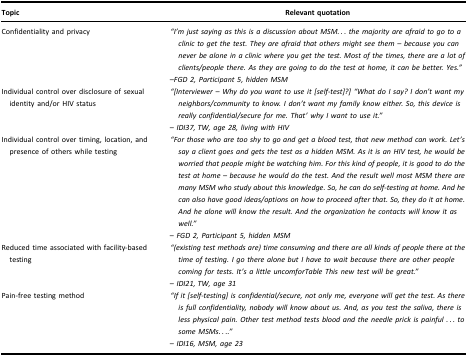
| Topic | Relevant quotation |
 | --- | --- |
 | Confidentiality and privacy | “I’m just saying as this is a discussion about MSM... the majority are afraid to go to a clinic to get the test. They are afraid that others might see them – because you can never be alone in a clinic where you get the test. Most of the times, there are a lot of clients/people there. As they are going to do the test at home, it can be better. Yes.”–FGD 2, Participant 5, hidden MSM |
 | Individual control over disclosure of sexual identity and/or HIV status | “[Interviewer – Why do you want to use it [self-test]?] “What do I say? I don’t want my neighbors/community to know. I don’t want my family know either. So, this device is really confidential/secure for me. That’ why I want to use it.”– IDI37, TW, age 28, living with HIV |
 | Individual control over timing, location, and presence of others while testing | “For those who are too shy to go and get a blood test, that new method can work. Let’s say a client goes and gets the test as a hidden MSM. As it is an HIV test, he would be worried that people might be watching him. For this kind of people, it is good to do the test at home – because he would do the test. And the result well most MSM there are many MSM who study about this knowledge. So, he can do self-testing at home. And he can also have good ideas/options on how to proceed after that. So, they do it at home. And he alone will know the result. And the organization he contacts will know it as well.”– FGD 2, Participant 5, hidden MSM |
 | Reduced time associated with facility-based testing | “(existing test methods are) time consuming and there are all kinds of people there at the time of testing. I go there alone but I have to wait because there are other people coming for tests. It’s a little uncomforTable This new test will be great.”– IDI21, TW, age 31 |
 | Pain-free testing method | “If it [self-testing] is confidential/secure, not only me, everyone will get the test. As there is full confidentiality, nobody will know about us. And, as you test the saliva, there is less physical pain. Other test method tests blood and the needle prick is painful ... to some MSMs....”– IDI16, MSM, age 23 |